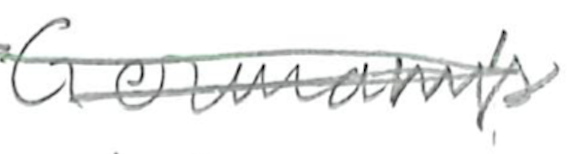
Text: Germany's
Cross-out: scratch
Writing tool: pencil